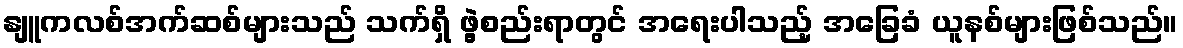
နျူကလစ်အက်ဆစ်များသည် သက်ရှိ ဖွဲ့စည်းရာတွင် အရေးပါသည့် အခြေခံ ယူနစ်များဖြစ်သည်။